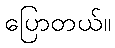
ပြောတယ်။